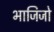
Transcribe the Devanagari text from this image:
भाजिजो